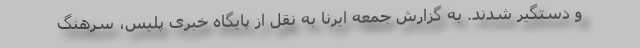
و دستگیر شدند. به گزارش جمعه ایرنا به نقل از پایگاه خبری پلیس، سرهنگ